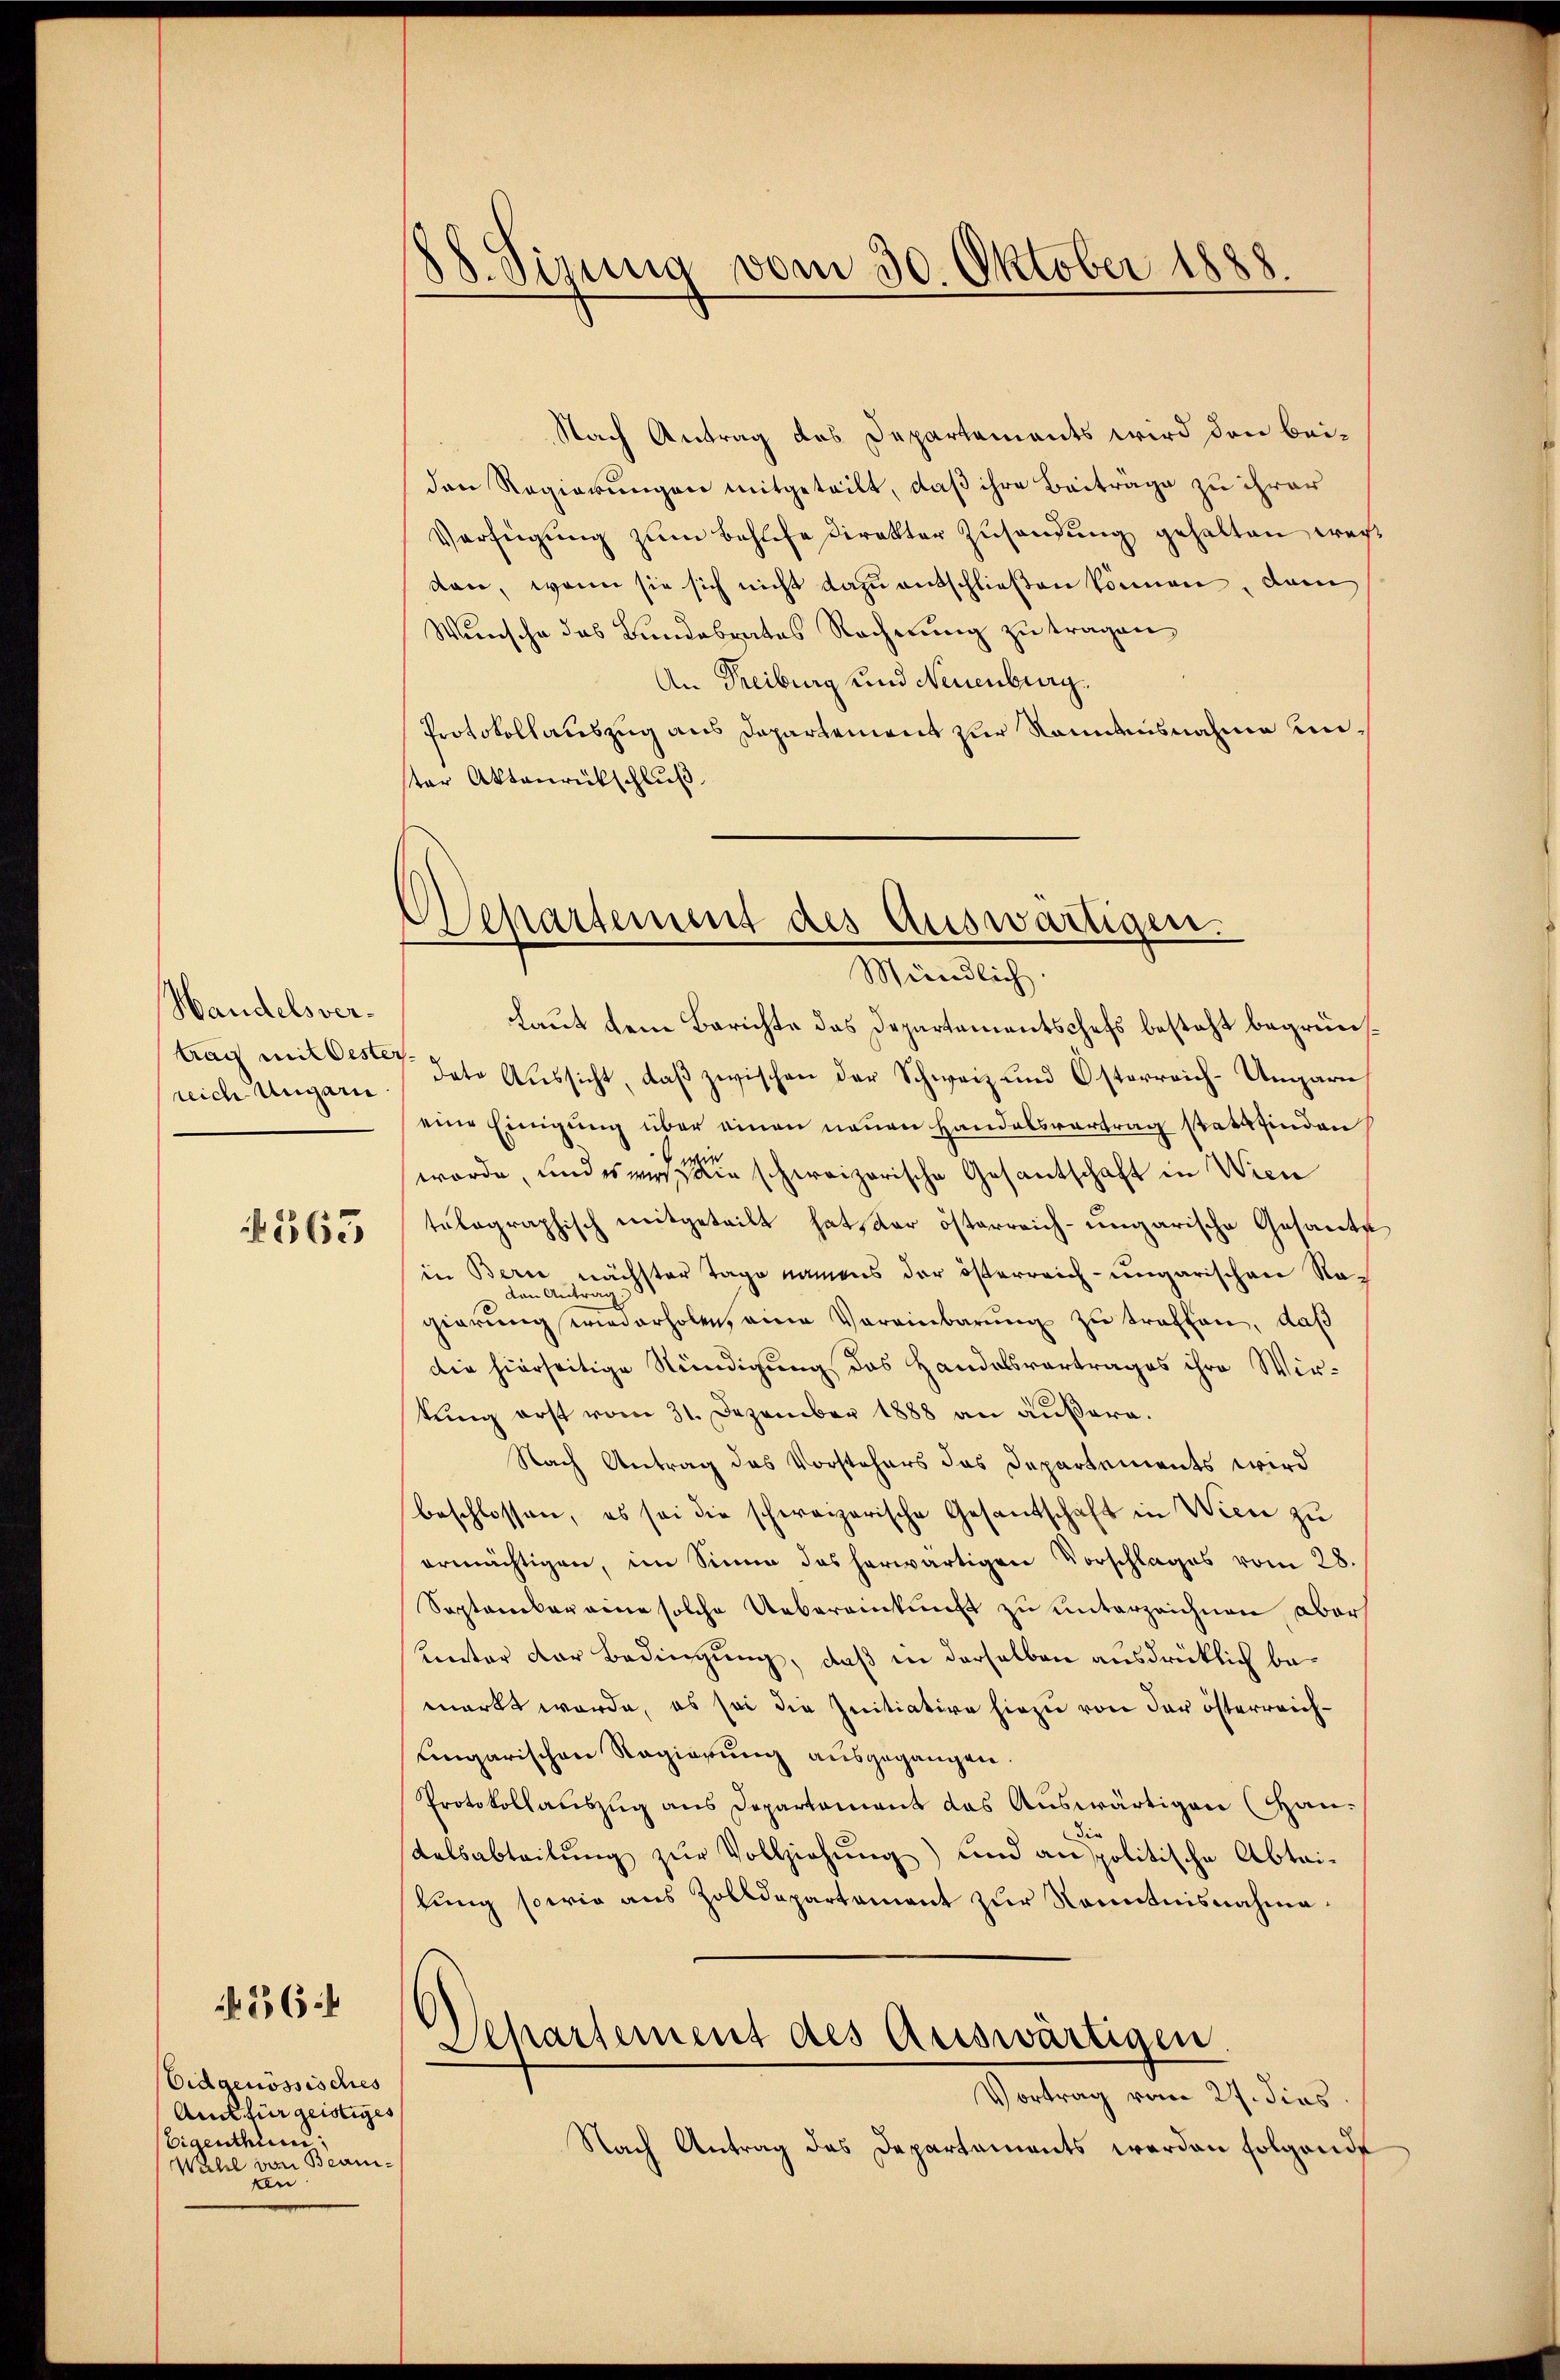
Handelsvertrag mit Oester
reich Ungarn

563

Eidgenössisches
An für geistiges
Eigenthüm
Wahl von Beamken

364

88. Sima vom 30. Oktober 1888

Nach Antrag des Departements wird den beiden Regierungen mitgeteilt, daß ihre Beitrage zu ihrer
Verfügung zum Bahlte Direkter Zusendung gehalten wechkan, wenn sie sich nicht dazu entschließen können, dem
Wünsche das Bundesrates Racherung zu tragen
An Freiburg und Neuenburg.
Protokollauszug aus Departement zur Randensnahme unter Aktenrückschluß

Aschartement des Auswärtigen.
Mündlich

Laut dem Berichte das Departementschefs besteht begrün¬
Dato Aŭssicht, daβ zwischen der Schweiz und Österreich-Ungarn
eine Einigung über einen neuen Handelsvertrag stattfinden
wurde, und es wird in schweizerische Gesantschaft in Wien
telographisch mitgeteilt hat, der österreich-ungarische Gesante
in Bern nächster Tage namens der österreich-ungarischen Nadan Antrag
gierung wiederholen, eine Vereinbarung zu traffen, daß
die hierseitige Kündigung des Handelsvortrages ihre Wir-
tŭng erst vom 31. Dezember 1888 an äußern.
Nach Antrag des Vorstehers das Departements wird
beschlossen, es sei die schweizerische Gesandschaft in Wien zu
ermächtigen, im Sinne das herwärtigen Vorschlages vom 28.
September eine solche Uebereinkunft zu unterzeichnen, aber
hunter der Bedingung, daß in derselben ausdrücklich bemerkt werde, es sei die Initiative hiezu von der österreich¬
Eingarischen Regierung ausgegangen.
Protokollauszug aus Departament das Auswärtigen (Han-
Kalsabteilŭng zŭr Vollziehung) und anspolitische Abtailung sowie aus Zolldepartement zur Kenntnisnahme¬
Aepartement des Auswärtigen.
Vortrag vom 27. dies
Nach Antrag das Departaments werden folgende